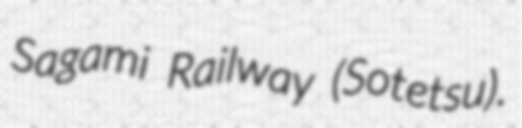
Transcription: Sagami Railway (Sotetsu).